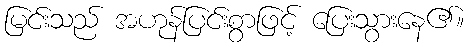
မြင်းသည် အဟုန်ပြင်းစွာဖြင့် ပြေးသွားနေ၏။